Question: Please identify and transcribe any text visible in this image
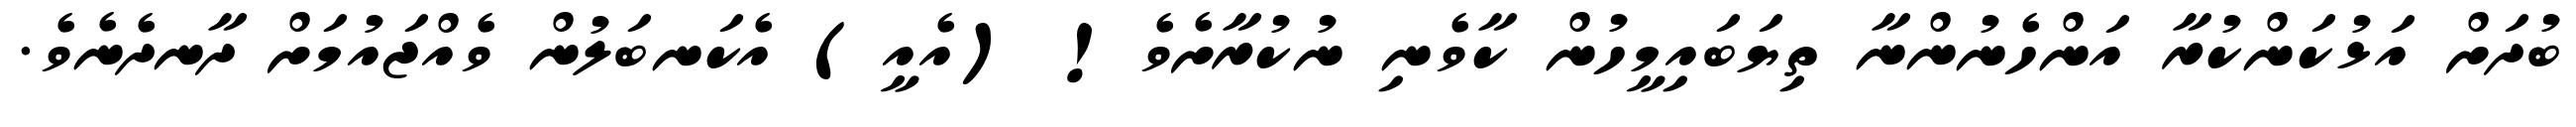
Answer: ބުދަށް އަޅުކަންކުރާ އަންހެނުންނާ ތިޔަބައިމީހުން ކާވެނި ނުކުރާށެވެ! (އެއީ) އެކަނބަލުން ވެއްޖައުމަށް ދާނދެނެވެ.